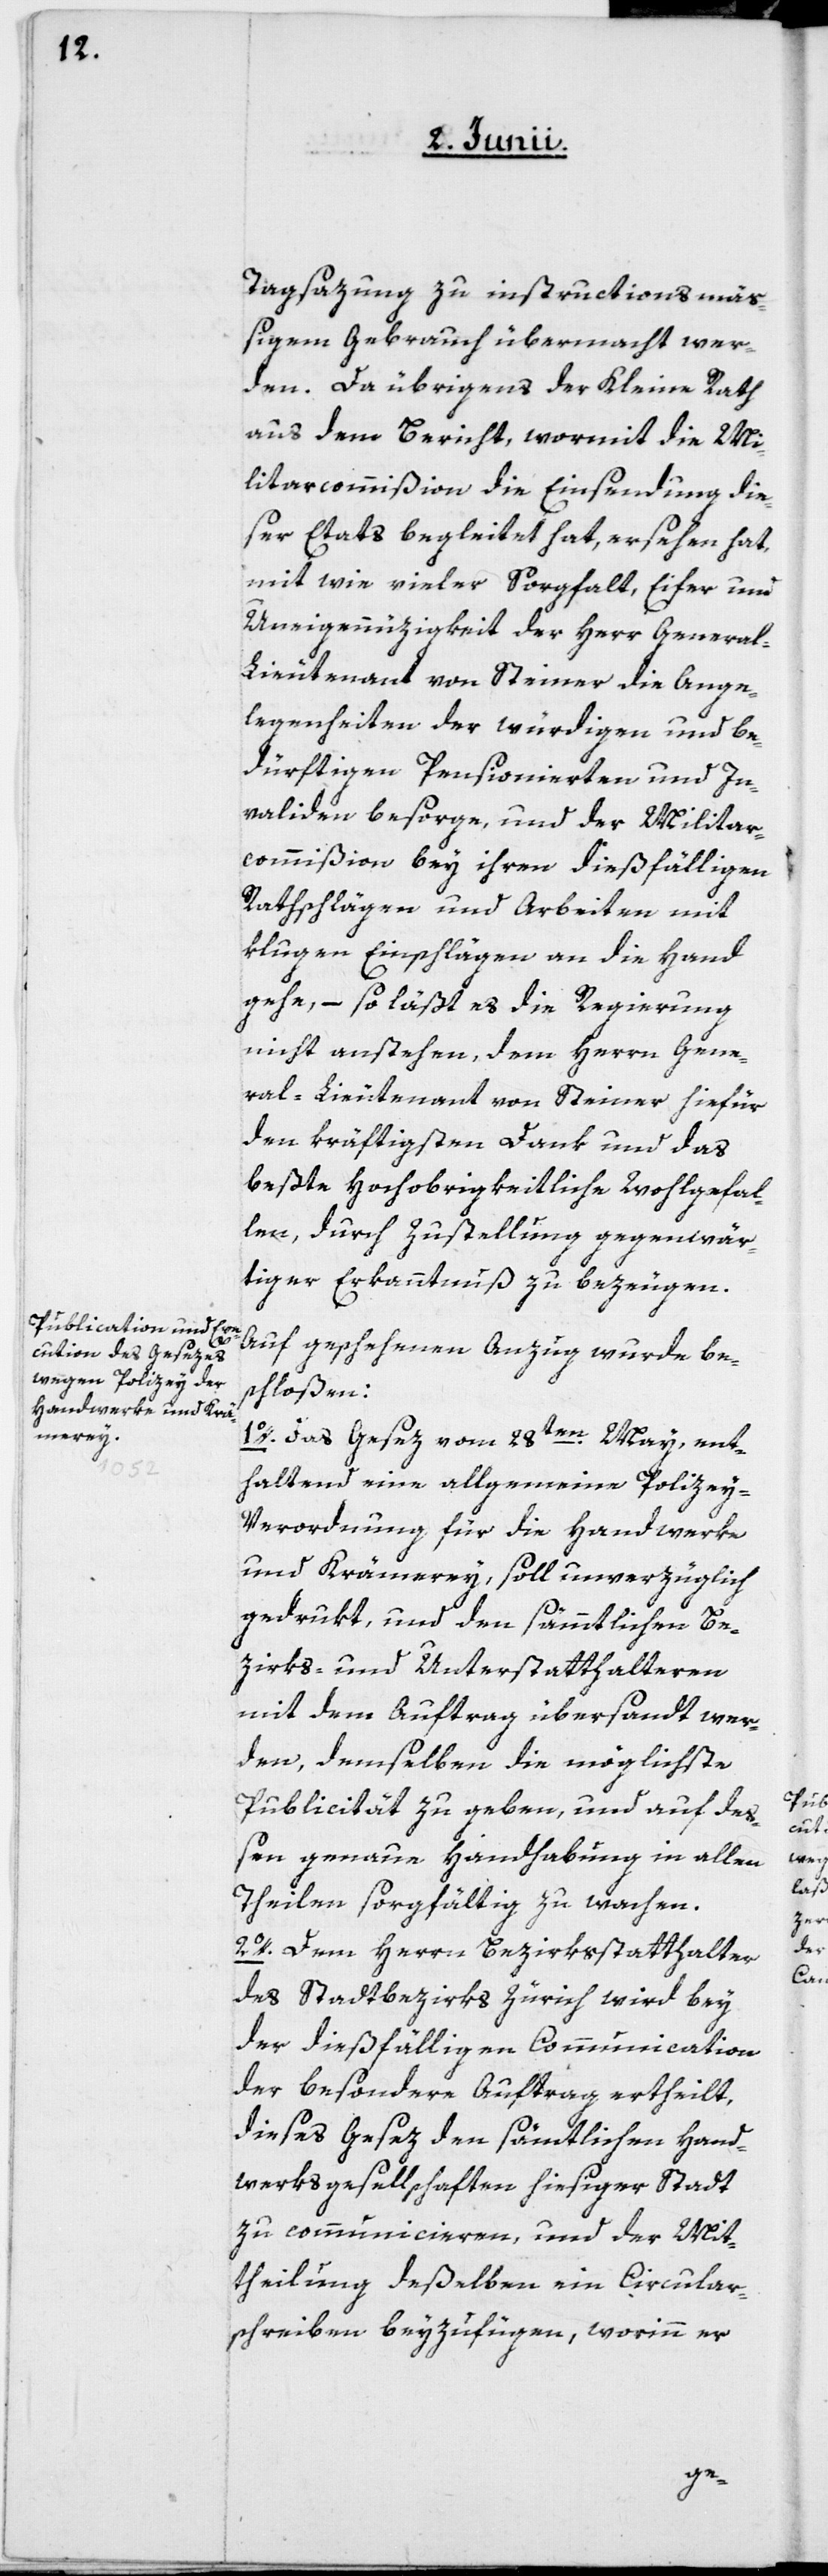
Tagsazung zu instructionsmäß¬
igem Gebrauch übermacht wer¬
den. Da übrigens der Kleine Rath
aus dem Bericht, wormit die Mi¬
litarcommißion die Einsendung die¬
ser Etats begleitet hat, ersehen hat,
mit wie vieler Sorgfalt, Eifer und
Uneigennüzigkeit der Herr Genera¬
l-Lieutenant von Steiner die Ange¬
legenheiten der würdigen und be¬
dürftigen Pensionierten und In¬
validen besorge, und der Militar¬
commißion bey ihren dießfälligen
Rathschlägen und Arbeiten mit
klugen Einschlägen an die Hand
gehe, – so läßt es die Regierung
nicht anstehen, dem Herrn Gene¬
ral-Lieutenant von Steiner hiefür
den kräftigsten Dank und das
beßte Hochobrigkeitliche Wohlgefal¬
len, durch Zustellung gegenwär¬
tiger Erkanntnuß zu bezeugen.
Auf geschehenen Anzug wurde be¬
schloßen:
1o. Das Gesetz vom 28ten May, ent¬
haltend eine allgemeine Polizey-V¬
erordnung für die Handwerke
und Krämerey, soll unverzüglich
gedrukt und den sämmtlichen Be¬
zirks- und Unterstatthalteren
mit dem Auftrag übersandt wer¬
den, demselben die möglichste
Publicität zu geben, und auf deß¬
en genaue Handhabung in allen
Theilen sorgfältig zu wachen.
2o. Dem Herrn Bezirksstatthalter
des Stadtbezirks Zürich wird bey
der dießfälligen Communication
der besondere Auftrag ertheilt,
dieses Gesez den sämtlichen Hand¬
werksgesellschaften hiesiger Stadt
zu communicieren, und der Mit¬
theilung deßelben ein Circular¬
schreiben beyzufügen, worinn er